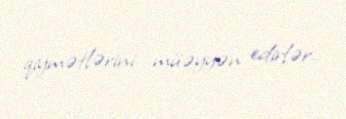
qiymətlərini müəyyən edirlər.